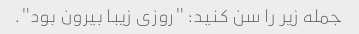
جمله زیر را سن کنید: "روزی زیبا بیرون بود".